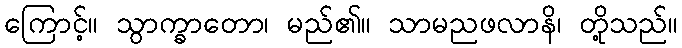
ကြောင့်။ သွာက္ခာတော၊ မည်၏။ သာမညဖလာနိ၊ တို့သည်။